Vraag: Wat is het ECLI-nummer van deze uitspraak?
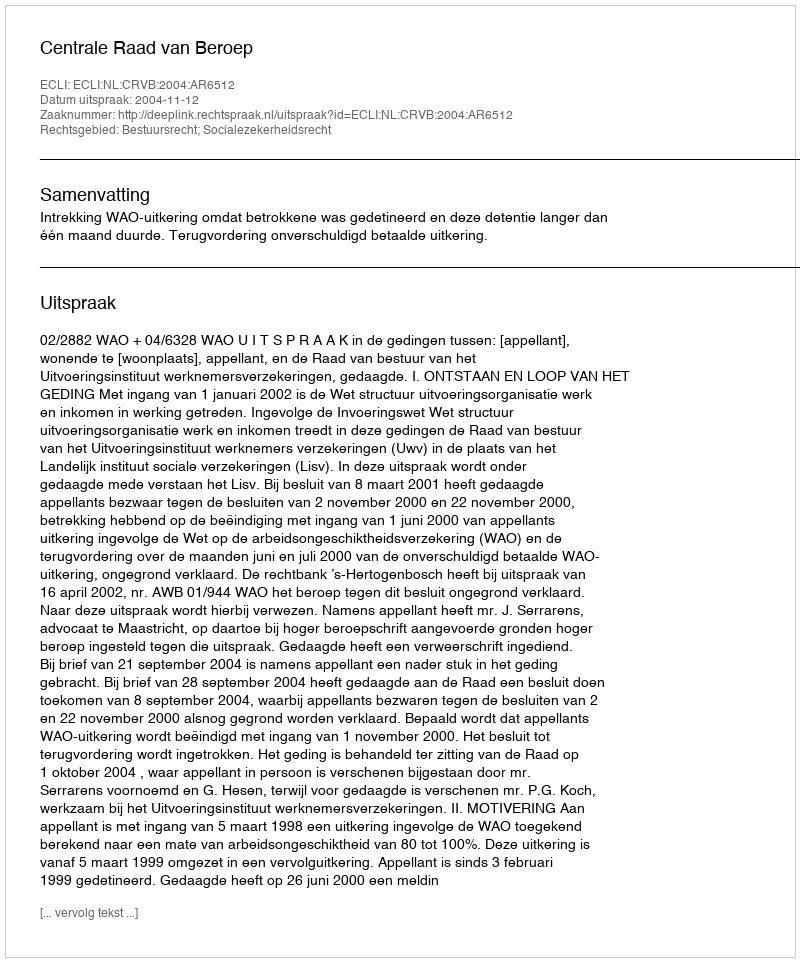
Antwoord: ECLI:NL:CRVB:2004:AR6512